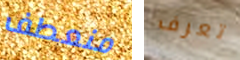
منعطف تعرف